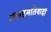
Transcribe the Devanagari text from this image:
असहमतिवादी